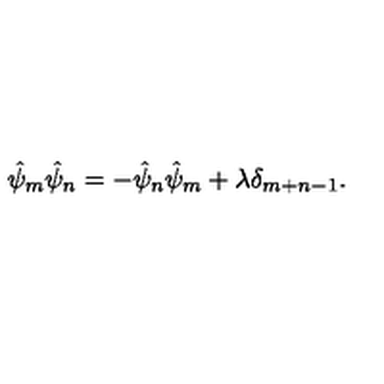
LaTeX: \hat { \psi } _ { m } \hat { \psi } _ { n } = - \hat { \psi } _ { n } \hat { \psi } _ { m } + \lambda \delta _ { m + n - 1 } .